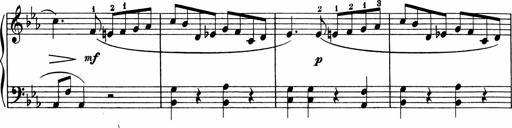
Title: 5 Sonatinen fÃ¼r die Jugend
Composer: Carl Reinecke